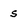
Character: s